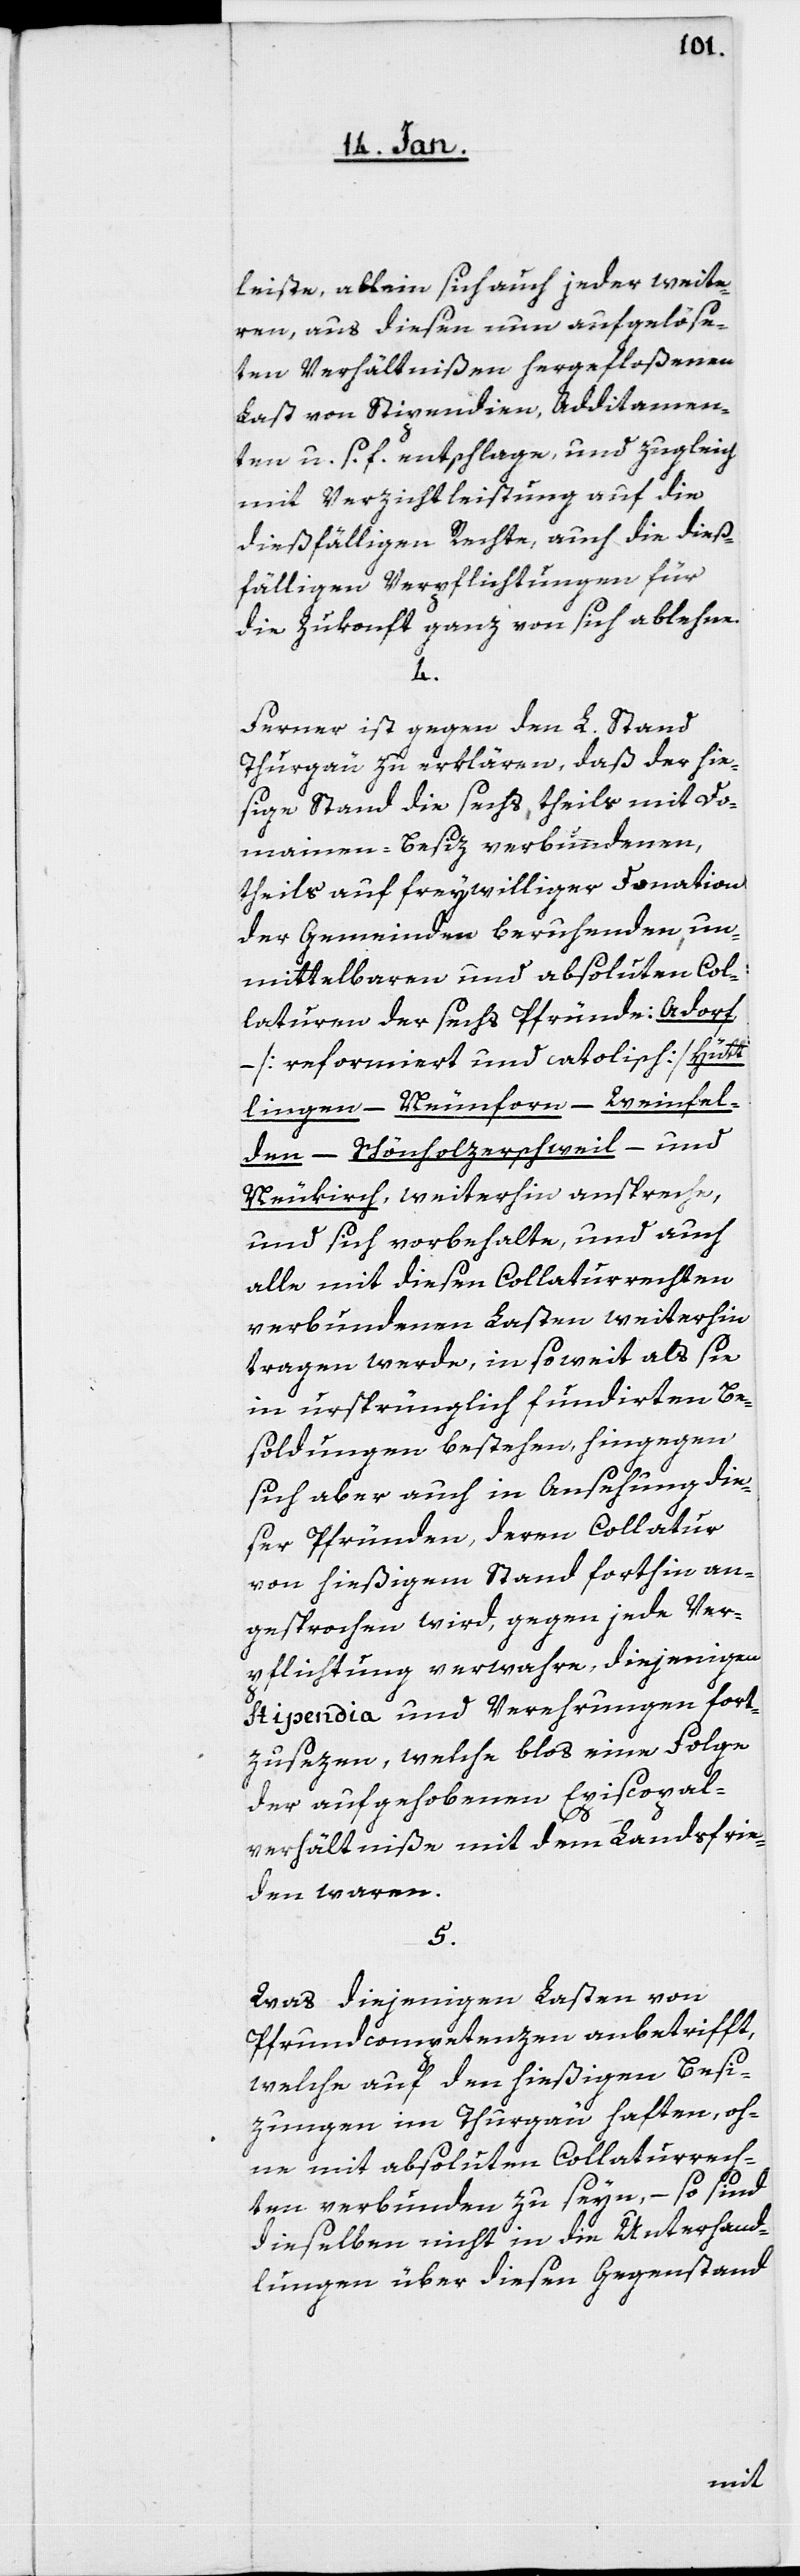
leiste, allein sich auch jeder weite¬
ren, aus diesen nun aufgelöse¬
ten Verhältnißen hergefloßenen
Last von Stipendien, Additamen¬
ten u. s. f. entschlage, und zugleich
mit Verzichtleistung auf die
dießfälligen Rechte, auch die dieß¬
fälligen Verpflichtungen für
die Zukonft ganz von sich ablehne.
4.
Ferner ist gegen den L. Stand
Thurgäu zu erklären, daß der hie¬
ßige Stand die sechs, theils mit Do¬
mainen-Besiz verbundenen,
theils auf freywilliger Donation
der Gemeinden beruhenden, un¬
mittelbaren und absoluten Col¬
laturen der sechs Pfründe: Adorf
[reformiert und catolisch], Hütt¬
lingen – Neunforn – Weinfel¬
den – Schönholzerschweil – und
Neukirch, weiterhin anspreche,
und sich vorbehalte, und auch
alle mit diesen Collaturrechten
verbundenen Lasten weiterhin
tragen werde, insoweit als sie
in ursprünglich fundirten Be¬
soldungen bestehen, hingegen
sich aber auch in Ansehung die¬
ser Pfründen, deren Collatur
von hießigem Stand forthin an¬
gesprochen wird, gegen jede Ver¬
pflichtung verwahre, diejenigen
Stipendia und Verehrungen fort¬
zusezen, welche blos eine Folge
der aufgehobenen Episcopal¬
verhältniße mit dem Landsfrie¬
den waren.
5.
Was diejenigen Lasten von
Pfrundcompetenzen anbetrifft,
welche auf den hießigen Besit¬
zungen im Thurgäu haften, oh¬
ne mit absoluten Collaturrech¬
ten verbunden zu seyn, – so sind
dieselben nicht in die Unterhand¬
lungen über diesen Gegenstand